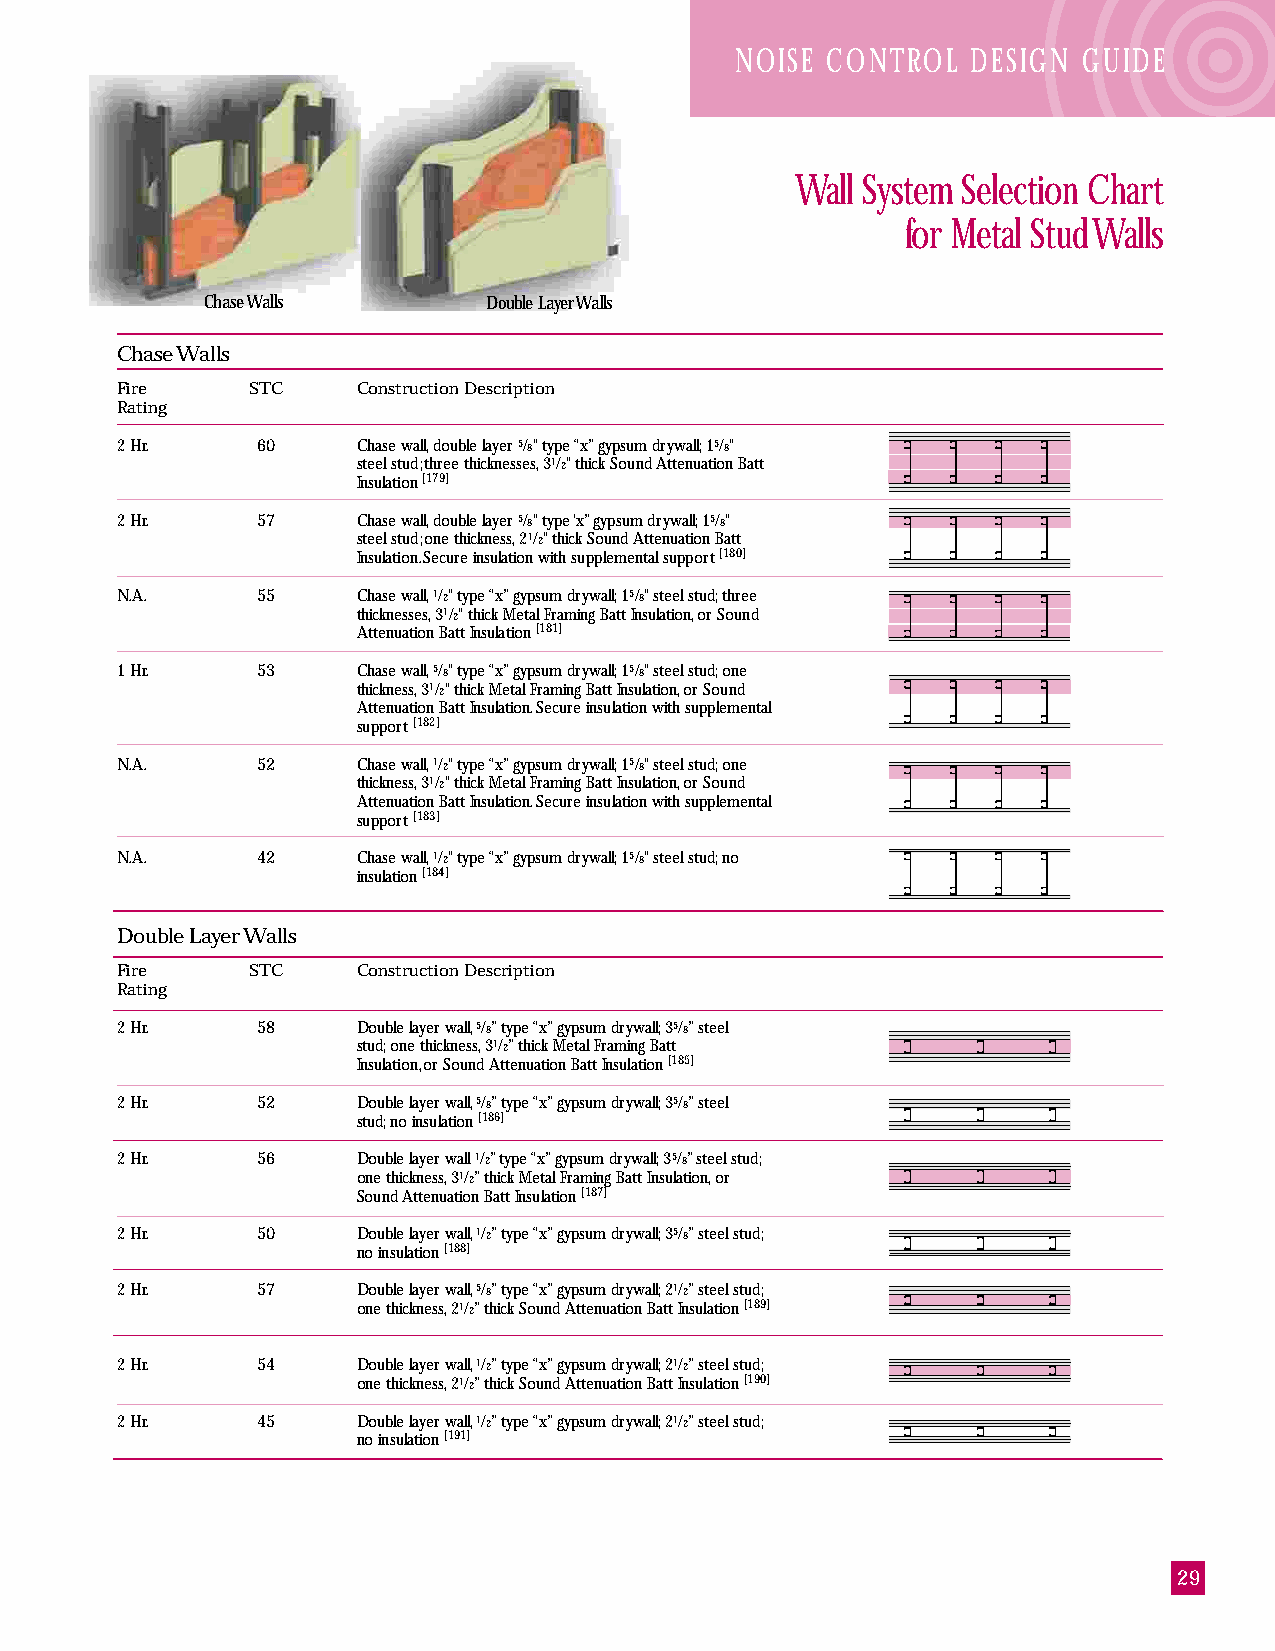
NOISE CONTROL  DESIGN  GUIDE
 Wall System Selection Chart
 for Metal Stud Walls
 Chase Walls        Double Layer Walls
 Chase Walls
 Fire    STC     Construction Description
 Rating
 2 Hr.    60     Chase wall, double layer 5/8" type “x” gypsum drywall; 15/8"
 steel stud; three thicknesses, 31/2" thick Sound Attenuation Batt
 Insulation [179]
 2 Hr.    57     Chase wall, double layer 5/8" type ‘x” gypsum drywall; 15/8"
 steel stud; one thickness, 21/2" thick Sound Attenuation Batt
 Insulation. Secure insulation with supplemental support [180]
 N.A.     55     Chase wall, 1/2" type “x” gypsum drywall; 15/8" steel stud; three
 thicknesses, 31/2" thick Metal Framing Batt Insulation, or Sound
 Attenuation Batt Insulation [181]
 1 Hr.    53     Chase wall, 5/8" type “x” gypsum drywall; 15/8" steel stud; one
 thickness, 31/2" thick Metal Framing Batt Insulation, or Sound
 Attenuation Batt Insulation. Secure insulation with supplemental
 support [182]
 N.A.     52     Chase wall, 1/2" type “x” gypsum drywall; 15/8" steel stud; one
 thickness, 31/2" thick Metal Framing Batt Insulation, or Sound
 Attenuation Batt Insulation. Secure insulation with supplemental
 support [183]
 N.A.     42     Chase wall, 1/2" type “x” gypsum drywall; 15/8" steel stud; no
 insulation [184]
 Double Layer Walls
 Fire    STC     Construction Description
 Rating
 2 Hr.    58     Double layer wall, 5/8” type “x” gypsum drywall; 35/8” steel
 stud; one thickness, 31/2” thick Metal Framing Batt
 Insulation, or Sound Attenuation Batt Insulation [185]
 2 Hr.    52     Double layer wall, 5/8” type “x” gypsum drywall; 35/8” steel
 stud; no insulation [186]
 2 Hr.    56     Double layer wall 1/2” type “x” gypsum drywall; 35/8” steel stud;
 one thickness, 31/2” thick Metal Framing Batt Insulation, or
 Sound Attenuation Batt Insulation [187]
 2 Hr.    50     Double layer wall, 1/2” type “x” gypsum drywall; 35/8” steel stud;
 no insulation [188]
 2 Hr.    57     Double layer wall, 5/8” type “x” gypsum drywall; 21/2” steel stud;
 one thickness, 21/2” thick Sound Attenuation Batt Insulation [189]
 2 Hr.    54     Double layer wall, 1/2” type “x” gypsum drywall; 21/2” steel stud;
 one thickness, 21/2” thick Sound Attenuation Batt Insulation [190]
 2 Hr.    45     Double layer wall, 1/2” type “x” gypsum drywall; 21/2” steel stud;
 no insulation [191]
 29